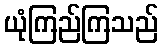
ယုံကြည်ကြသည်